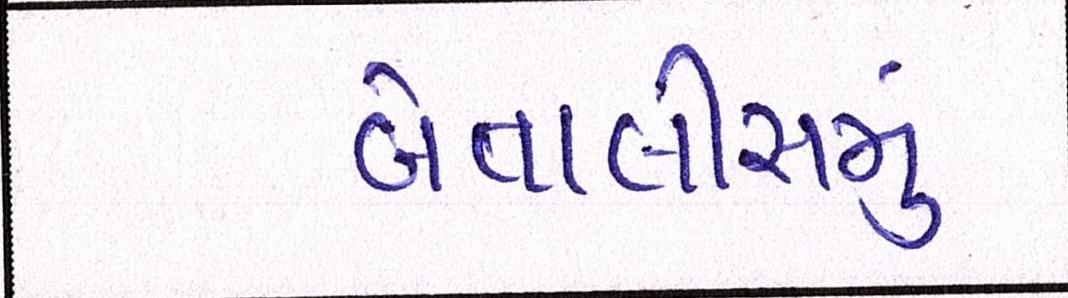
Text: બેતાલીસમું